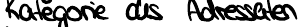
Kategorie des Adressaten